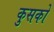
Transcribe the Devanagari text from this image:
कुसको